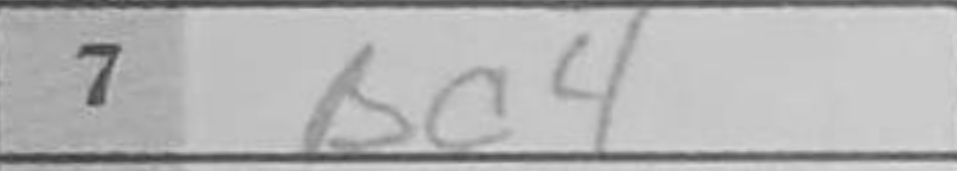
Transcription: Bc4